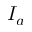
I _ { a }